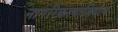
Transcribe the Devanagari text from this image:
नागरिकत्वाशिवाय